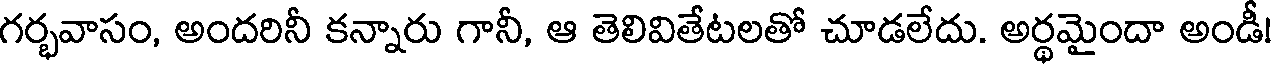
గర్భవాసం, అందరినీ కన్నారు గానీ, ఆ తెలివితేటలతో చూడలేదు. అర్థమైందా అండీ